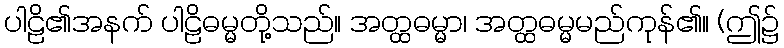
ပါဠိ၏အနက် ပါဠိဓမ္မတို့သည်။ အတ္ထဓမ္မာ၊ အတ္ထဓမ္မမည်ကုန်၏။ (ဤ၌